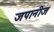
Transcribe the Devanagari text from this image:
जपानीज